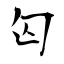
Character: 匃